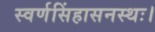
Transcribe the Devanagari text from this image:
स्वर्णसिंहासनस्थः।